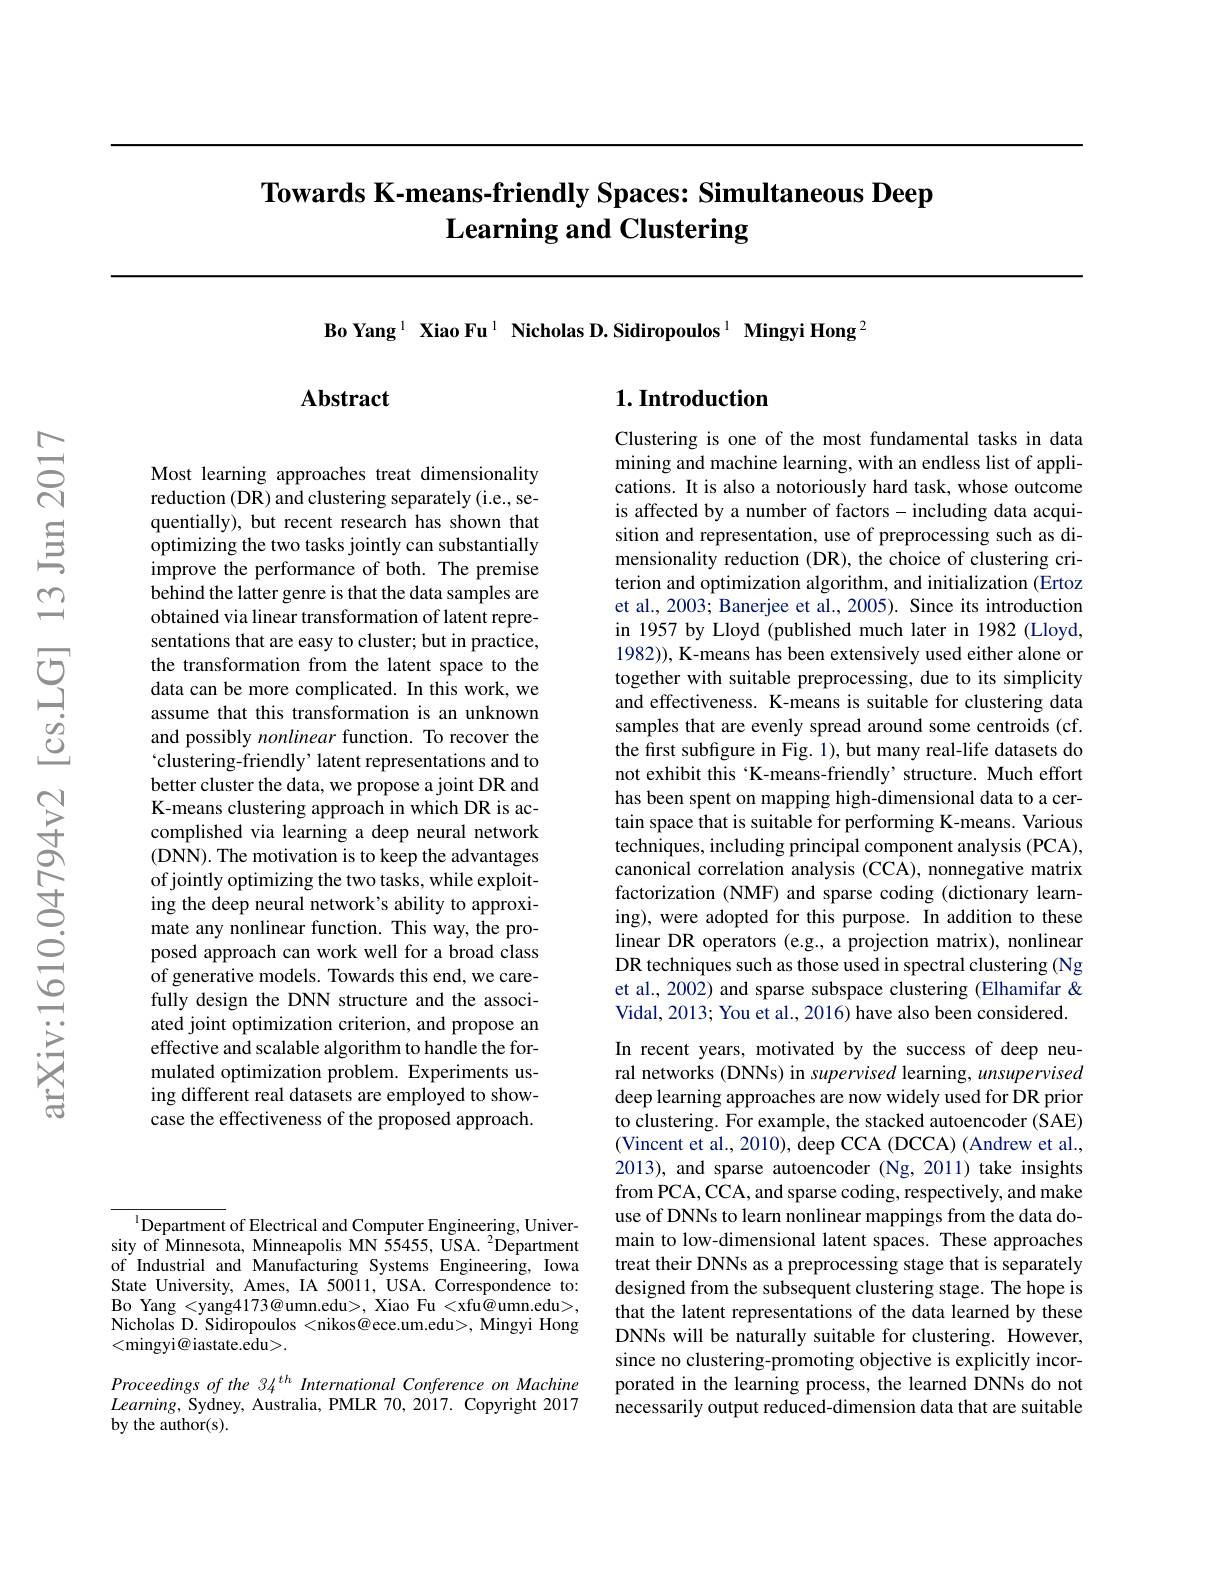
# Towards K-means-friendly Spaces: Simultaneous Deep Learning and Clustering

Bo Yang$^{1}$ Xiao Fu$^{1}$ Nicholas D.Sidiropoulos$^{1}$ Mingyi Hong$^{2}$

## $1. \textbf{Introduction}$

## $\mathbf{Abstract}$

Most learning approaches treat dimensionality reduction (DR) and clustering separately (i.e., sequentially), but recent research has shown that optimizing the two tasks jointly can substantially improve the performance of both. The premise behind the latter genre is that the data samples are obtained via linear transformation of latent representations that are easy to cluster; but in practice, the transformation from the latent space to the data can be more complicated. In this work, we assume that this transformation is an unknown and possibly nonlinear function. To recover the $\hat{\text{clustering-friendly' latent representations and to}}$ better cluster the data, we propose a joint DR and K-means clustering approach in which DR is accomplished via learning a deep neural network (DNN). The motivation is to keep the advantages of jointly optimizing the two tasks, while exploiting the deep neural network's ability to approximate any nonlinear function. This way, the proposed approach can work well for a broad class of generative models. Towards this end, we carefully design the DNN structure and the associated joint optimization criterion, and propose an effective and scalable algorithm to handle the formulated optimization problem. Experiments using different real datasets are employed to showcase the effectiveness of the proposed approach.

Clustering is one of the most fundamental tasks in data mining and machine learning, with an endless list of applications. It is also a notoriously hard task, whose outcome is affected by a number of factors - including data acquisition and representation, use of preprocessing such as dimensionality reduction (DR), the choice of clustering criterion and optimization algorithm, and initialization (Ertoz et al., 2003; Banerjee et al., 2005). Since its introduction in 1957 by Lloyd (published much later in 1982 (Lloyd, 1982)), K-means has been extensively used either alone or together with suitable preprocessing, due to its simplicity and effectiveness. K-means is suitable for clustering data samples that are evenly spread around some centroids (cf. the first subfigure in Fig. 1), but many real-life datasets do not exhibit this ‘K-means-friendly’structure. Much effort has been spent on mapping high-dimensional data to a certain space that is suitable for performing K-means. Various techniques, including principal component analysis (PCA), canonical correlation analysis (CCA), nonnegative matrix factorization (NMF) and sparse coding (dictionary learning), were adopted for this purpose. In addition to these linear DR operators (e.g., a projection matrix), nonlinear DR techniques such as those used in spectral clustering (Ng et al., 2002) and sparse subspace clustering (Elhamifar & Vidal, 2013; You et al., 2016) have also been considered. In recent years, motivated by the success of deep neural networks (DNNs) in supervised learning, unsupervised deep learning approaches are now widely used for DR prior to clustering. For example, the stacked autoencoder (SAE) (Vincent et al., 2010), deep CCA (DCCA) (Andrew et al., 2013), and sparse autoencoder (Ng, 2011) take insights from PCA, CCA, and sparse coding, respectively, and make use of DNNs to learn nonlinear mappings from the data domain to low-dimensional latent spaces. These approaches treat their DNNs as a preprocessing stage that is separately designed from the subsequent clustering stage. The hope is that the latent representations of the data learned by these DNNs will be naturally suitable for clustering. However, since no clustering-promoting objective is explicitly incorporated in the learning process, the learned DNNs do not necessarily output reduced-dimension data that are suitable

$^{\mathrm{l}}$Department of Electrical and Computer Engineering, University of Minnesota, Minneapolis MN 55455, USA. $^2$Department of Industrial and Manufacturing Systems Engineering, Iowa State University, Ames, IA 50011, USA. Correspondence to: Bo Yang <yang4173@umn.edu>, Xiao Fu <xfu@umn.edu>, Nicholas D. Sidiropoulos <nikos@ece.um.edu>, Mingyi Hong <mingyi@ iastate.edu>.

Proceedings of the 34$^{th}$ International Conference on Machine $Learning$, Sydney, Australia, PMLR 70, 2017. Copyright 2017 by the author(s).